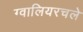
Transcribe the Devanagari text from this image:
ग्वालियरचले